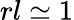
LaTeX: rl\simeq 1